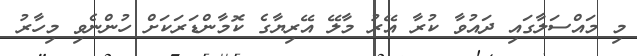
މި މައްސަލާގައި ދައުވާ ކުރާ އޭރު މާލޭ އޭރިޔާގެ ކޮމާންޑަރަކަށް ހުންނެވި މިހާރު